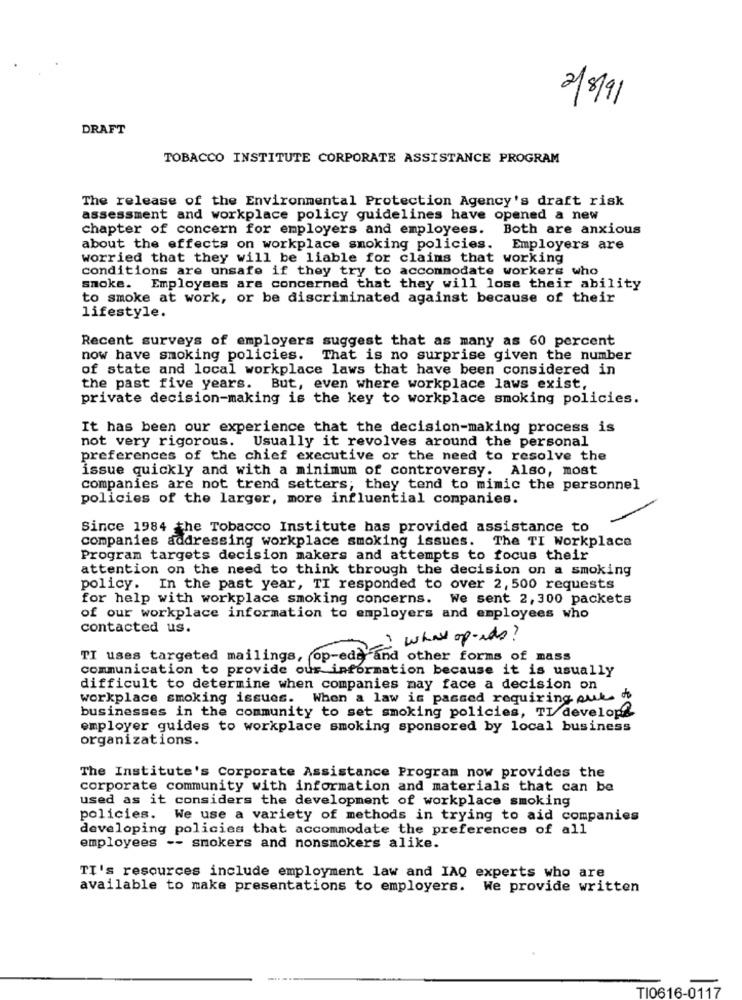
2/8/91
DRAFT
TOBACCO INSTITUTE CORPORATE ASSISTANCE PROGRAM
The release of the Environmental Protection Agency's draft risk
assessment and workplace policy guidelines have opened a new
chapter of concern for employers and employees. Both are anxious
about the effects on workplace smoking policies. Employers are
worried that they will be liable for claims that working
conditions are unsafe if they try to accommodate workers who
smoke. Employees are concerned that they will lose their ability
to smoke at work, or be discriminated against because of their
lifestyle.
Recent surveys of employers suggest that as many as 60 percent
now have smoking policies.
That is no surprise given the number
of state and local workplace laws that have been considered in
the past five years. But, even where workplace laws exist,
private decision-making is the key to workplace smoking policies.
It has been our experience that the decision-making process is
not very rigorous.
Usually it revolves around the personal
preferences of the chief executive or the need to resolve the
issue quickly and with a minimum of controversy. Also, most
companies are not trend setters; they tend to mimic the personnel
policies of the larger, more influential companies.
Since 1984 the Tobacco Institute has provided assistance to
companies addressing workplace smoking issues. The TI Workplace
Program targets decision makers and attempts to focus their
attention on the need to think through the decision on a smoking
policy. In the past year, TI responded to over 2, 500 requests
for help with workplace smoking concerns. We sent 2, 300 packets
of our workplace information to employers and employees who
contacted us.
what op- its?
TI uses targeted mailings, op-eds and other forms of mass
communication to provide our information because it is usually
difficult to determine when companies may face a decision on
workplace smoking issues. When a law is passed requiring out.
businesses in the community to set smoking policies, TI develops
employer guides to workplace smoking sponsored by local business
organizations.
The Institute's Corporate Assistance Program now provides the
corporate community with information and materials that can be
used as it considers the development of workplace smoking
policies. We use a variety of methods in trying to aid companies
developing policies that accommodate the preferences of all
employees -- smokers and nonsmokers alike.
TI's resources include employment law and IAQ experts who are
available to make presentations to employers.
We provide written
TI0616-0117